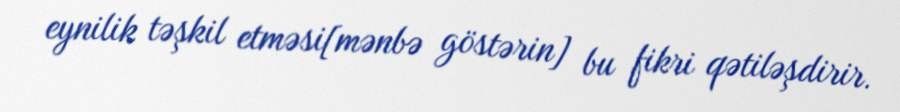
eynilik təşkil etməsi[mənbə göstərin] bu fikri qətiləşdirir.